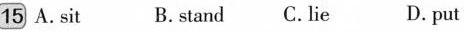
15 A. sit B. stand C. lie D. put